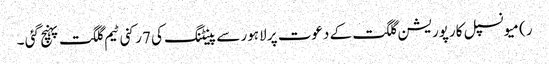
ر) میونسپل کارپوریشن گلگت کے دعوت پر لاہور سے پینٹنگ کی 7رکنی ٹیم گلگت پہنچ گئی ۔